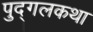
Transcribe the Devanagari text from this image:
पुद्गलकथा